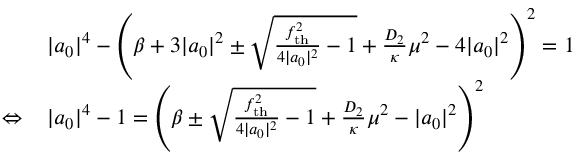
\begin{array} { r l } & { | a _ { 0 } | ^ { 4 } - \left( \beta + 3 | a _ { 0 } | ^ { 2 } \pm \sqrt { \frac { f _ { \mathrm { t h } } ^ { 2 } } { 4 | a _ { 0 } | ^ { 2 } } - 1 } + \frac { D _ { 2 } } { \kappa } \mu ^ { 2 } - 4 | a _ { 0 } | ^ { 2 } \right) ^ { 2 } = 1 } \\ { \Leftrightarrow \, } & { | a _ { 0 } | ^ { 4 } - 1 = \left( \beta \pm \sqrt { \frac { f _ { \mathrm { t h } } ^ { 2 } } { 4 | a _ { 0 } | ^ { 2 } } - 1 } + \frac { D _ { 2 } } { \kappa } \mu ^ { 2 } - | a _ { 0 } | ^ { 2 } \right) ^ { 2 } } \end{array}